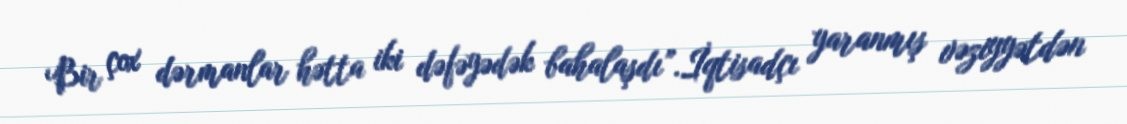
Bir çox dərmanlar hətta iki dəfəyədək bahalaşdı”.İqtisadçı yaranmış vəziyyətdən